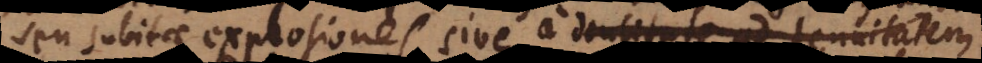
seu subitae explosiones, sive a densitate ad tenuitatem